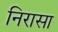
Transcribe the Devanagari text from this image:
निरासा